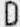
D